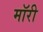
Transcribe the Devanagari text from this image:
मॉरी